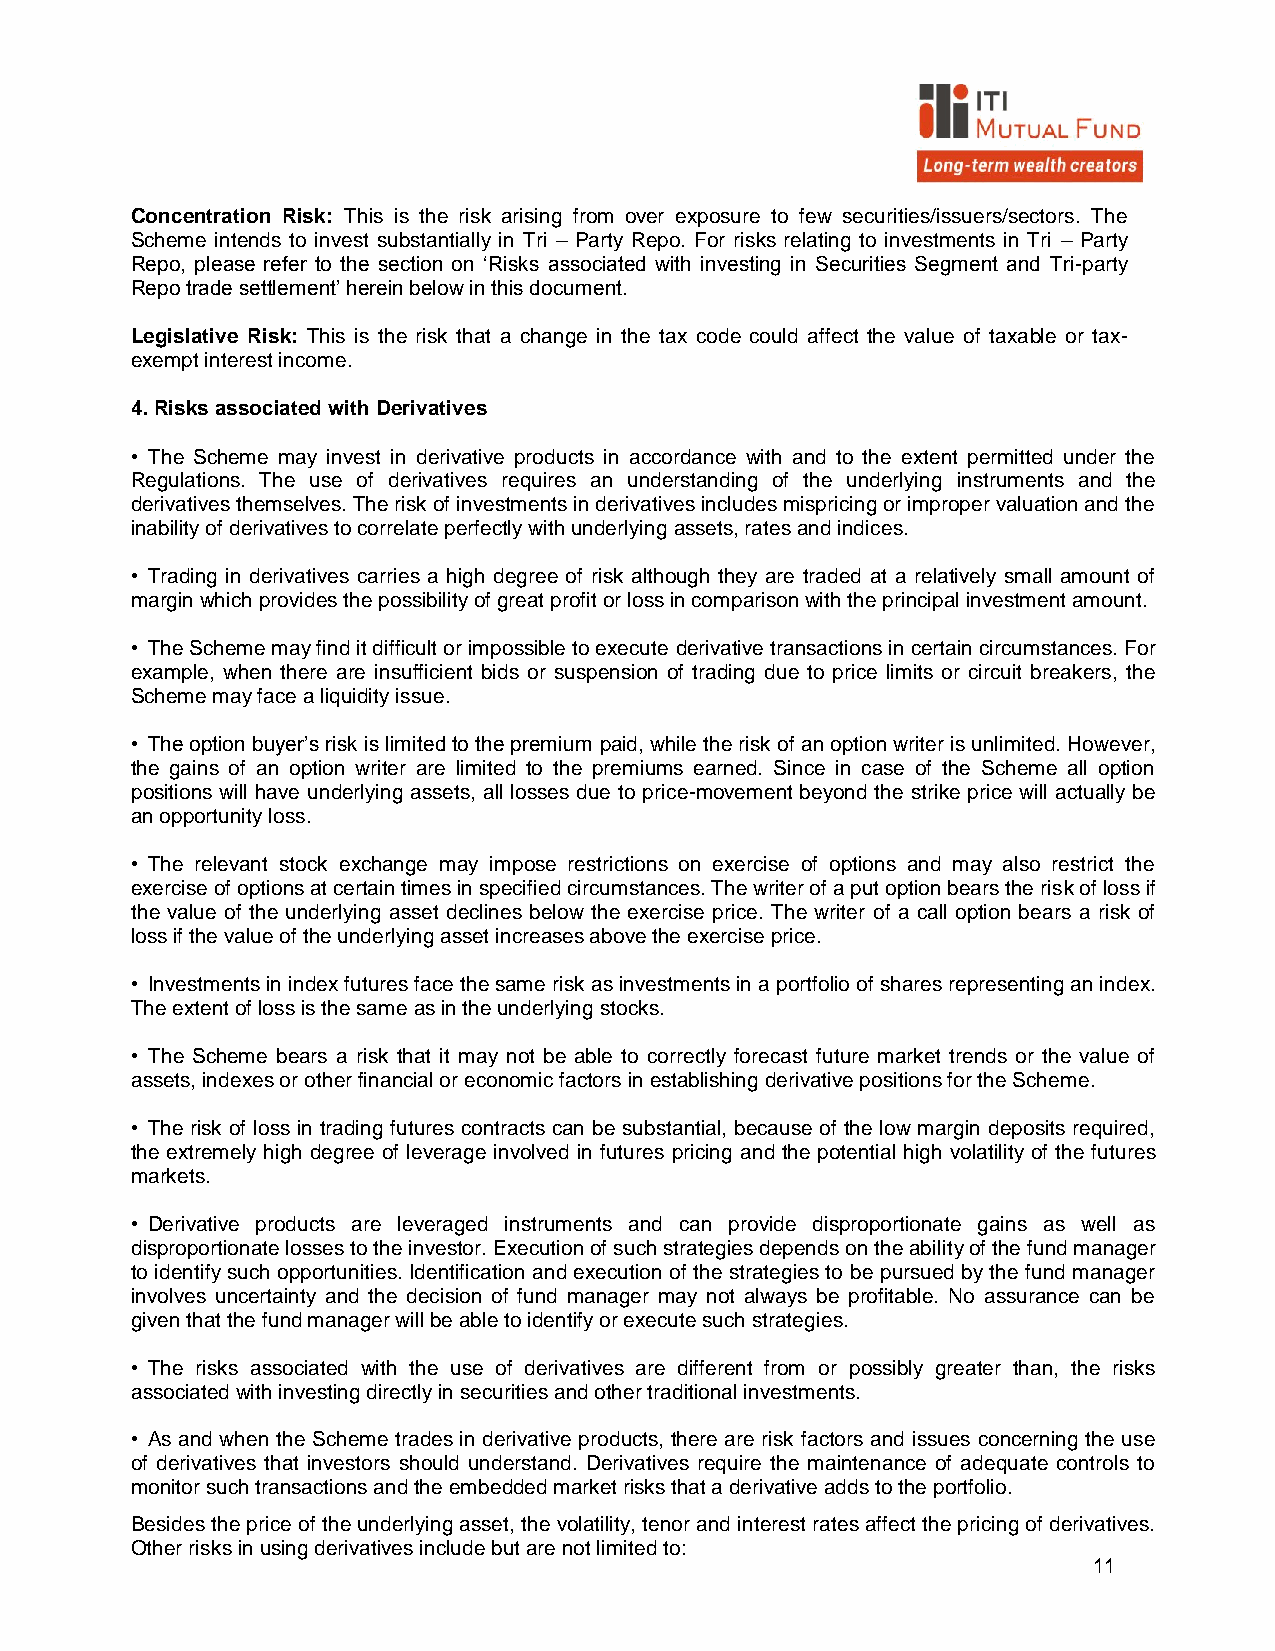
Concentration Risk: This is the risk arising from over exposure to few securities/issuers/sectors. The
 Scheme intends to invest substantially in Tri – Party Repo. For risks relating to investments in Tri – Party
 Repo, please refer to the section on ‘Risks associated with investing in Securities Segment and Tri-party
 Repo trade settlement’ herein below in this document.
 Legislative Risk: This is the risk that a change in the tax code could affect the value of taxable or tax-
 exempt interest income.
 4. Risks associated with Derivatives
 • The Scheme may invest in derivative products in accordance with and to the extent permitted under the
 Regulations. The use of derivatives requires an understanding of the underlying instruments and the
 derivatives themselves. The risk of investments in derivatives includes mispricing or improper valuation and the
 inability of derivatives to correlate perfectly with underlying assets, rates and indices.
 • Trading in derivatives carries a high degree of risk although they are traded at a relatively small amount of
 margin which provides the possibility of great profit or loss in comparison with the principal investment amount.
 • The Scheme may find it difficult or impossible to execute derivative transactions in certain circumstances. For
 example, when there are insufficient bids or suspension of trading due to price limits or circuit breakers, the
 Scheme may face a liquidity issue.
 • The option buyer’s risk is limited to the premium paid, while the risk of an option writer is unlimited. However,
 the gains of an option writer are limited to the premiums earned. Since in case of the Scheme all option
 positions will have underlying assets, all losses due to price-movement beyond the strike price will actually be
 an opportunity loss.
 • The relevant stock exchange may impose restrictions on exercise of options and may also restrict the
 exercise of options at certain times in specified circumstances. The writer of a put option bears the risk of loss if
 the value of the underlying asset declines below the exercise price. The writer of a call option bears a risk of
 loss if the value of the underlying asset increases above the exercise price.
 • Investments in index futures face the same risk as investments in a portfolio of shares representing an index.
 The extent of loss is the same as in the underlying stocks.
 • The Scheme bears a risk that it may not be able to correctly forecast future market trends or the value of
 assets, indexes or other financial or economic factors in establishing derivative positions for the Scheme.
 • The risk of loss in trading futures contracts can be substantial, because of the low margin deposits required,
 the extremely high degree of leverage involved in futures pricing and the potential high volatility of the futures
 markets.
 • Derivative products are leveraged instruments and can provide disproportionate gains as well as
 disproportionate losses to the investor. Execution of such strategies depends on the ability of the fund manager
 to identify such opportunities. Identification and execution of the strategies to be pursued by the fund manager
 involves uncertainty and the decision of fund manager may not always be profitable. No assurance can be
 given that the fund manager will be able to identify or execute such strategies.
 • The risks associated with the use of derivatives are different from or possibly greater than, the risks
 associated with investing directly in securities and other traditional investments.
 • As and when the Scheme trades in derivative products, there are risk factors and issues concerning the use
 of derivatives that investors should understand. Derivatives require the maintenance of adequate controls to
 monitor such transactions and the embedded market risks that a derivative adds to the portfolio.
 Besides the price of the underlying asset, the volatility, tenor and interest rates affect the pricing of derivatives.
 Other risks in using derivatives include but are not limited to:
 11